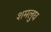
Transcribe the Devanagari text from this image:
शमलुघ